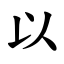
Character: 以